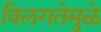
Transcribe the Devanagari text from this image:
विलगतेमुळे